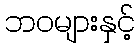
ဘဝများနှင့်